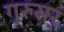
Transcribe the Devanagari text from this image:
गुरुसर्